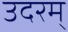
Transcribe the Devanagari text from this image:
उदरम्‌